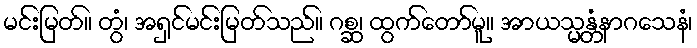
မင်းမြတ်။ တွံ၊ အရှင်မင်းမြတ်သည်။ ဂစ္ဆ၊ ထွက်တော်မူ။ အာယသ္မန္တံနာဂသေနံ၊